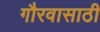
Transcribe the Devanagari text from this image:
गौरवासाठी